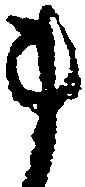
ま